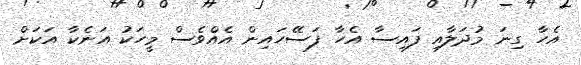
އެހާ ގިނަ މުދަލާއި ފައިސާ އެހާ ފަސޭހައިން އެއްވެސް މީހަކު އަނެކާ އަކަށް